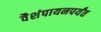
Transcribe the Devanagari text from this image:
वैशंपायनपर्यंत